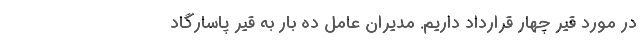
در مورد قیر چهار قرارداد داریم. مدیران عامل ده بار به قیر پاسارگاد